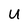
Character: u